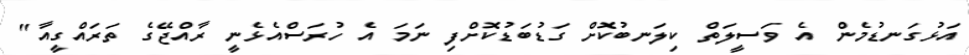
އަޅުގަނޑުމެން އެ ވަސީލަތް ކިލަނބުކޮށް ގަޑުބަޑުކޮށްފި ނަމަ އެ ހުރަސްއެޅެނީ ރާއްޖޭގެ ތަރައްގީއާ"